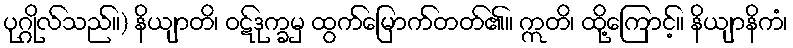
ပုဂ္ဂိုလ်သည်။) နိယျာတိ၊ ဝဋ်ဒုက္ခမှ ထွက်မြောက်တတ်၏။ ဣတိ၊ ထို့ကြောင့်။ နိယျာနိကံ၊